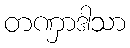
တဏှာဒါသာ